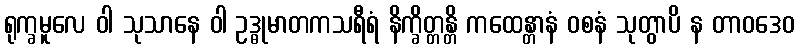
ရုက္ခမူလေ ဝါ သုသာနေ ဝါ ဥဒ္ဓုမာတကသရီရံ နိက္ခိတ္တန္တိ ကထေန္တာနံ ဝစနံ သုတွာပိ န တာဝဒေဝ